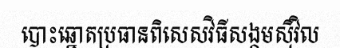
បោះឆ្នោតប្រធានពិសេសវិធីសង្គមស៊ីវិល